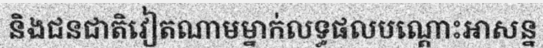
និងជនជាតិវៀតណាមម្នាក់លទ្ធផលបណ្តោះអាសន្ន